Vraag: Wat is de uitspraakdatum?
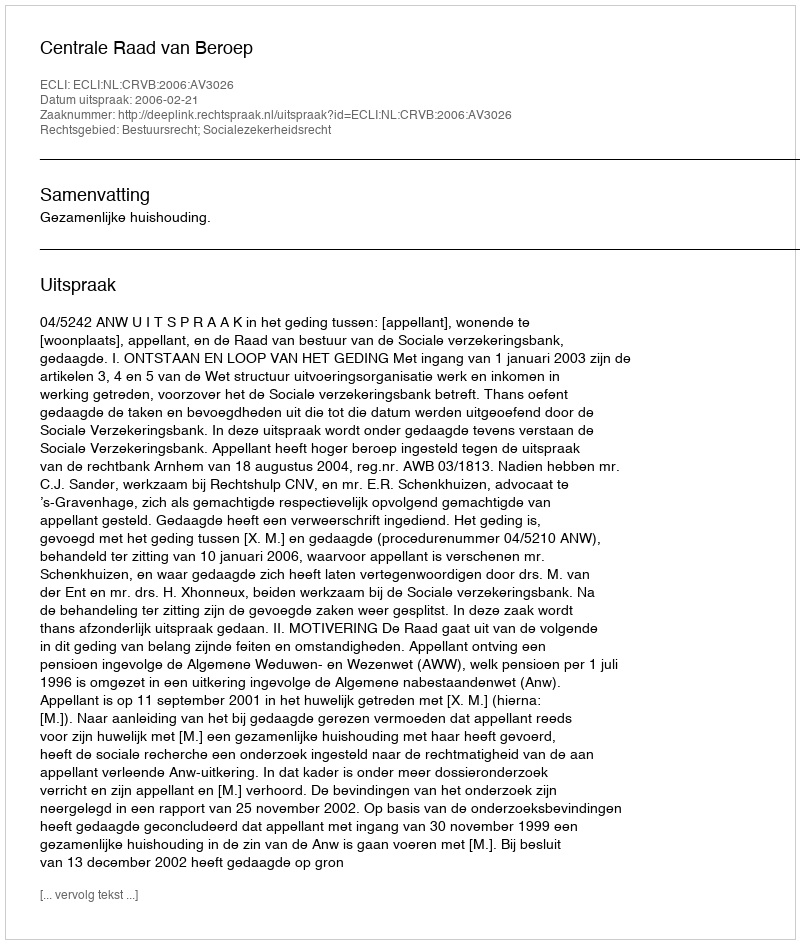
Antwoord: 2006-02-21